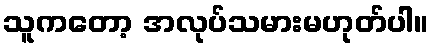
သူကတော့ အလုပ်သမားမဟုတ်ပါ။